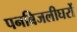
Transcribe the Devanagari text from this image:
पनबिजलीघरों